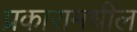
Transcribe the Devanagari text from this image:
प्रकारामधील